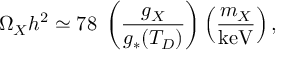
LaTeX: \Omega _ { X } h ^ { 2 } \simeq 7 8 \; \left( \frac { g _ { X } } { g _ { * } ( T _ { D } ) } \right) \left( \frac { m _ { X } } { \mathrm { k e V } } \right) ,